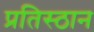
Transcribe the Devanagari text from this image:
प्रतिस्ठान